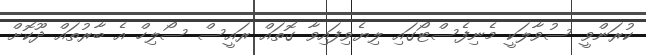
ކުރަންވީ ސުވާލަކީ މެނިފެސްޓޯގައި ލިޔެވިފައިވާ ގޮތައް ރައީސް ސޯލިހް އެ ބާރުތައް ދޫކޮށް